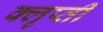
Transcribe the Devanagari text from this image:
क्लृप्ती